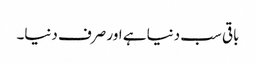
باقی سب دنیا ہے اور صرف دنیا۔